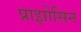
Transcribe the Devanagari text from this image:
प्राझोसिन